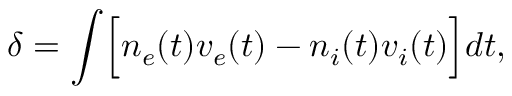
\delta = \int \Bigl [ n _ { e } ( t ) v _ { e } ( t ) - n _ { i } ( t ) v _ { i } ( t ) \Bigr ] d t ,